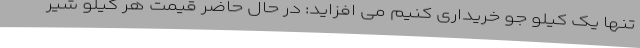
تنها یک کیلو جو خریداری کنیم می افزاید: در حال حاضر قیمت هر کیلو شیر